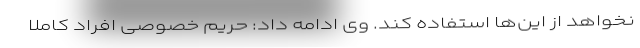
نخواهد از این‌ها استفاده کند. وی ادامه داد: حریم خصوصی افراد کاملا